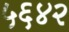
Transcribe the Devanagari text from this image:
५६४२